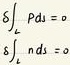
\[ \int_{S} PdS \quad \int_{S} ndS \]